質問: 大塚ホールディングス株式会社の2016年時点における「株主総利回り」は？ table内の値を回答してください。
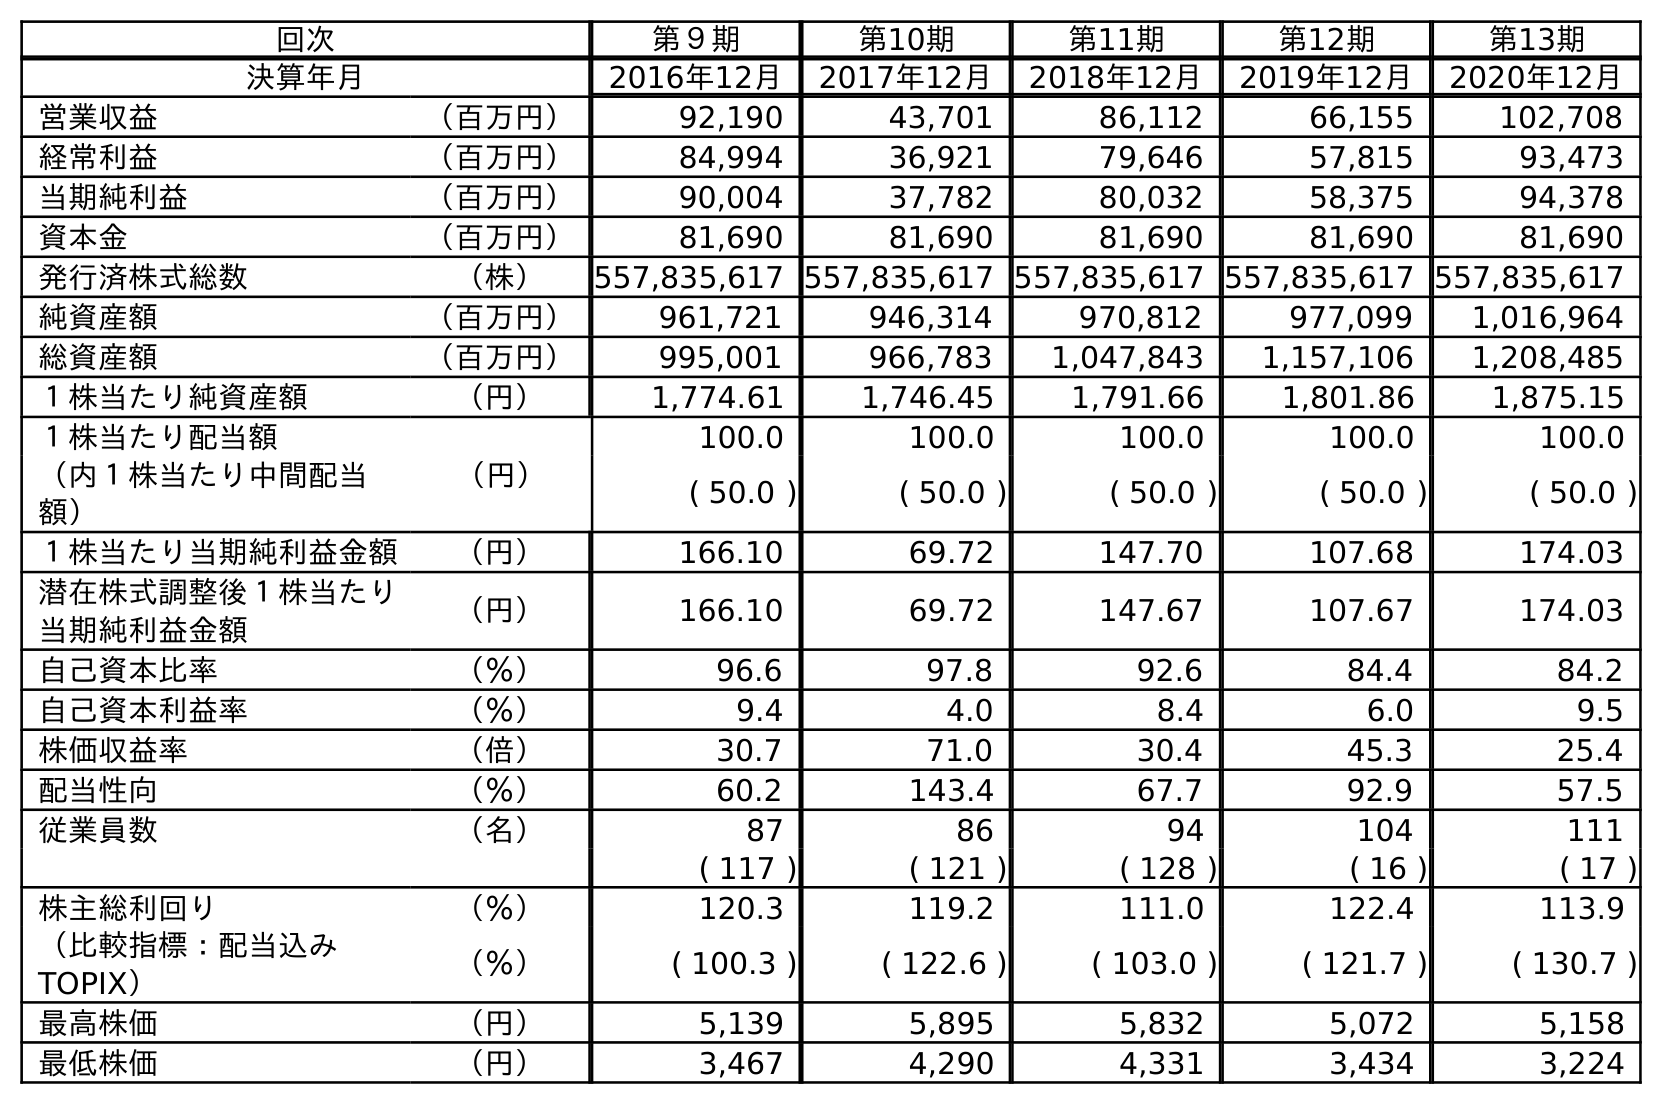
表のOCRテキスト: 回次 第９期 第10期 第11期 第12期 第13期 決算年月 2016年12月 2017年12月 2018年12月 2019年12月 2020年12月 営業収益 （百万円） 92,190 43,701 86,112 66,155 102,708 経常利益 （百万円） 84,994 36,921 79,646 57,815 93,473 当期純利益 （百万円） 90,004 37,782 80,032 58,375 94,378 資本金 （百万円） 81,690 81,690 81,690 81,690 81,690 発行済株式総数 （株） 557,835,617 557,835,617 557,835,617 557,835,617 557,835,617 純資産額 （百万円） 961,721 946,314 970,812 977,099 1,016,964 総資産額 （百万円） 995,001 966,783 1,047,843 1,157,106 1,208,485 １株当たり純資産額 （円） 1,774.61 1,746.45 1,791.66 1,801.86 1,875.15 １株当たり配当額 （円） 100.0 100.0 100.0 100.0 100.0 （内１株当たり中間配当 額） ( 50.0 ) ( 50.0 ) ( 50.0 ) ( 50.0 ) ( 50.0 ) １株当たり当期純利益金額 （円） 166.10 69.72 147.70 107.68 174.03 潜在株式調整後１株当たり 当期純利益金額 （円） 166.10 69.72 147.67 107.67 174.03 自己資本比率 （％） 96.6 97.8 92.6 84.4 84.2 自己資本利益率 （％） 9.4 4.0 8.4 6.0 9.5 株価収益率 （倍） 30.7 71.0 30.4 45.3 25.4 配当性向 （％） 60.2 143.4 67.7 92.9 57.5 従業員数 （名） 87 86 94 104 111 ( 117 ) ( 121 ) ( 128 ) ( 16 ) ( 17 ) 株主総利回り （％） 120.3 119.2 111.0 122.4 113.9 （比較指標：配当込み TOPIX） （％） ( 100.3 ) ( 122.6 ) ( 103.0 ) ( 121.7 ) ( 130.7 ) 最高株価 （円） 5,139 5,895 5,832 5,072 5,158 最低株価 （円） 3,467 4,290 4,331 3,434 3,224
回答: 120.3